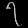
Digit: ၇